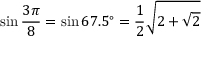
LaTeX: \sin { \frac { 3 \pi } { 8 } } = \sin 6 7 . 5 ^ { \circ } = { \frac { 1 } { 2 } } { \sqrt { 2 + { \sqrt { 2 } } } }